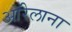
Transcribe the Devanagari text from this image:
ऑरेलाना